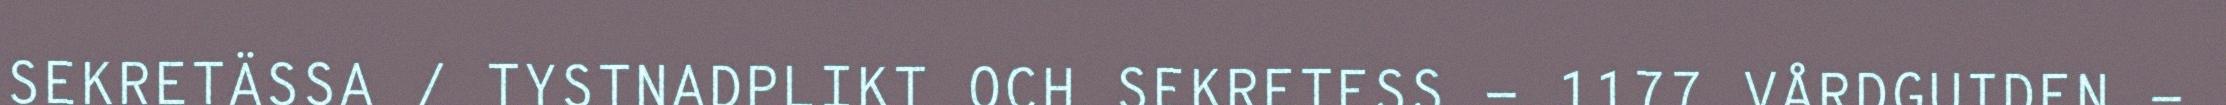
SEKRETÄSSA / TYSTNADPLIKT OCH SEKRETESS - 1177 VÅRDGUIDEN -